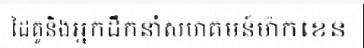
ដៃគូនិងអ្នកដឹកនាំសហគមន៍ម៉ាកខេន